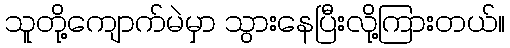
သူတို့ကျောက်မဲမှာ သွားနေပြီးလို့ကြားတယ်။